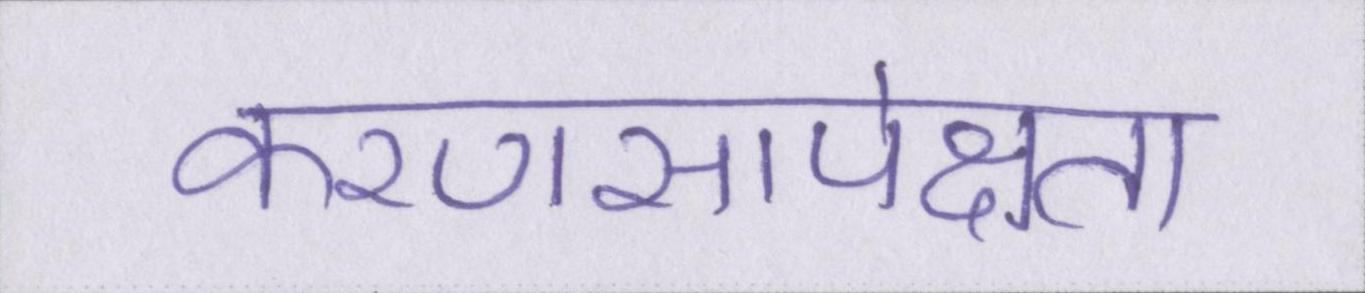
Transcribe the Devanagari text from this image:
करणसापेक्षता